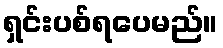
ရှင်းပစ်ရပေမည်။